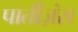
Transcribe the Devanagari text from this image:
पार्तीज़ंस